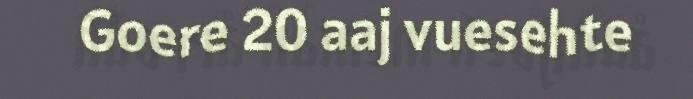
Goere 20 aaj vuesehte